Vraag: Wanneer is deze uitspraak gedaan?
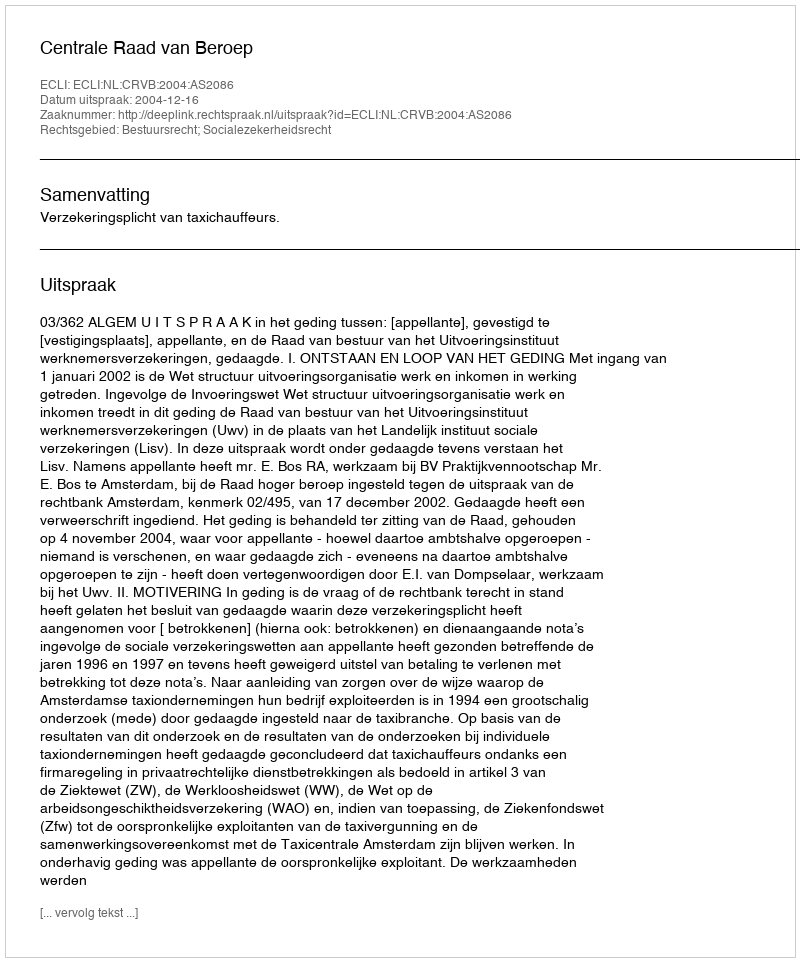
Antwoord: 2004-12-16